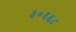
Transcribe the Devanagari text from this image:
३०६६८